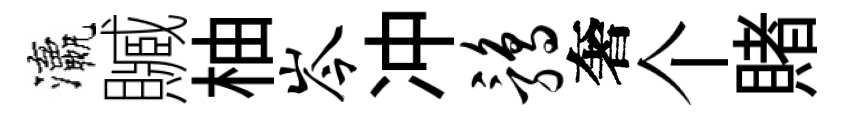
瀛贓柚岑冲鹑奢个賭